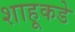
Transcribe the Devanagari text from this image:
शाहूकडे